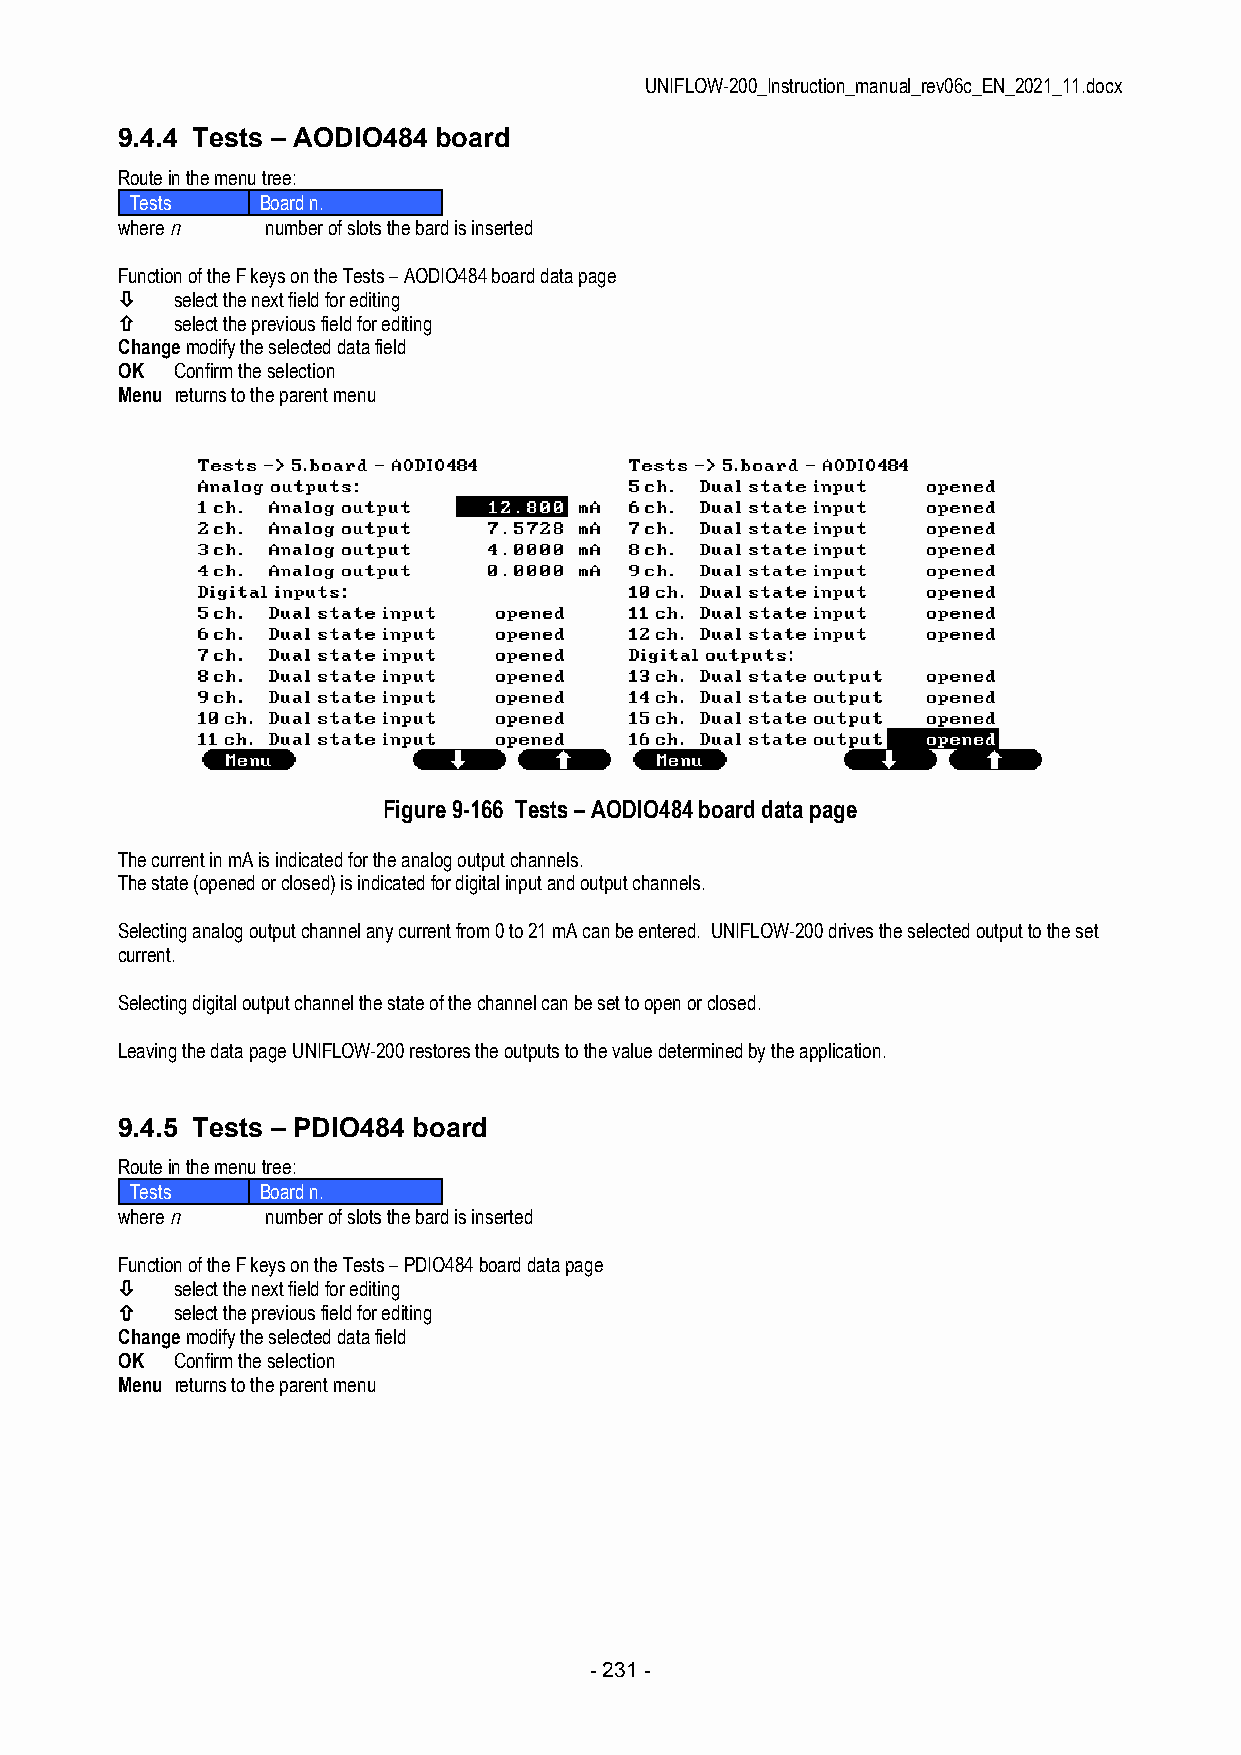
UNIFLOW-200_Instruction_manual_rev06c_EN_2021_11.docx
 9.4.4 Tests – AODIO484 board
 Route in the menu tree:
 Tests   Board n.
 where n   number of slots the bard is inserted
 Function of the F keys on the Tests – AODIO484 board data page
    select the next field for editing
    select the previous field for editing
 Change modify the selected data field
 OK  Confirm the selection
 Menu returns to the parent menu
 Figure 9-166 Tests – AODIO484 board data page
 The current in mA is indicated for the analog output channels.
 The state (opened or closed) is indicated for digital input and output channels.
 Selecting analog output channel any current from 0 to 21 mA can be entered. UNIFLOW-200 drives the selected output to the set
 current.
 Selecting digital output channel the state of the channel can be set to open or closed.
 Leaving the data page UNIFLOW-200 restores the outputs to the value determined by the application.
 9.4.5 Tests – PDIO484 board
 Route in the menu tree:
 Tests   Board n.
 where n   number of slots the bard is inserted
 Function of the F keys on the Tests – PDIO484 board data page
    select the next field for editing
    select the previous field for editing
 Change modify the selected data field
 OK  Confirm the selection
 Menu returns to the parent menu
 - 231 -